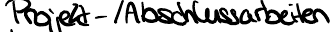
Projekt- / Abschlussarbeiten